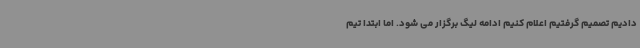
دادیم تصمیم گرفتیم اعلام کنیم ادامه لیگ برگزار می شود. اما ابتدا تیم